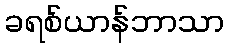
ခရစ်ယာန်ဘာသာ